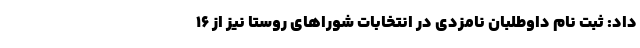
داد: ثبت نام داوطلبان نامزدی در انتخابات شوراهای روستا نیز از ۱۶